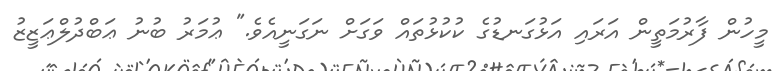
މީހުން ފާރުމަތީން އަރައި އަޅުގަނޑުގެ ކުކުޅުތައް ވަގަށް ނަގަނީއެވެ." ޢުމަރު ބުނު ޢަބްދުލްޢަޒީޒު